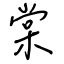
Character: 棠